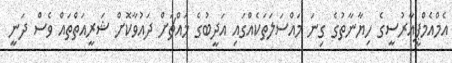
އެމްއެމްޕީއާރުސީގެ ހިޔާނާތުގެ ގިނަ މައްސަލަތަކެއްގައި އަދީބުގެ މައްޗަށް ދައުވާކޮށް ޝަރީއަތްތައް ވެސް ދަނީ